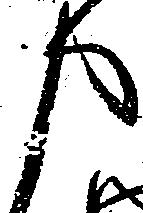
申